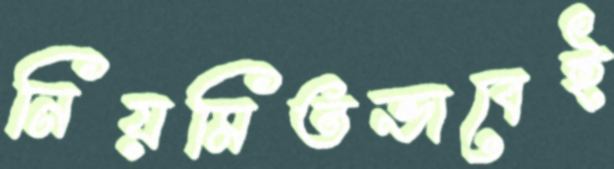
নিয়মিতভাবেই